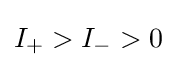
I_{+}>I_{-}>0